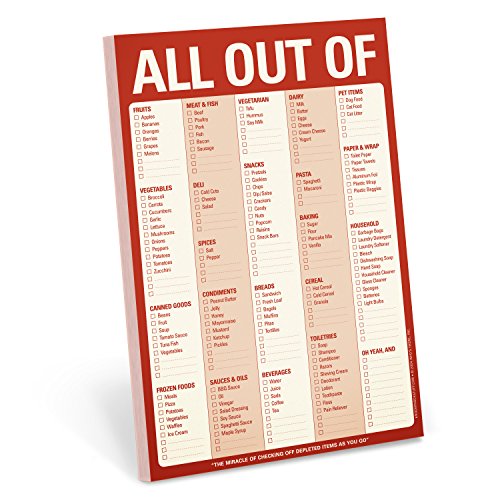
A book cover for Knock Knock All Out Of Note Pad with Magnet (Red); Knock Knock; Humor & Entertainment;